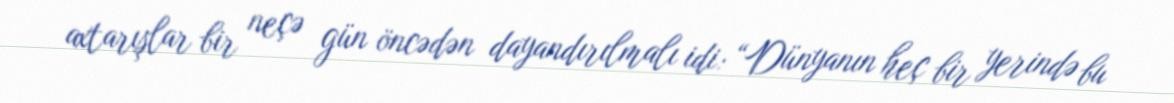
axtarışlar bir neçə gün öncədən dayandırılmalı idi: “Dünyanın heç bir yerində bu